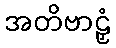
အတိဗာဠှံ